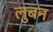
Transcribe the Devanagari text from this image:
लुबन